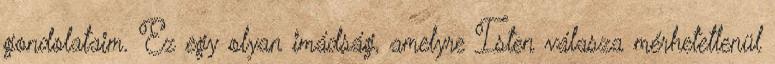
gondolataim. Ez egy olyan imádság, amelyre Isten válasza mérhetetlenül